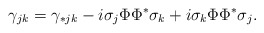
\begin{align*} \gamma_{jk} = \gamma_{*jk} - i \sigma_j \Phi \Phi^* \sigma_k + i \sigma_k \Phi \Phi^* \sigma_j.\end{align*}